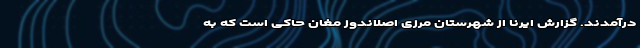
درآمدند. گزارش ایرنا از شهرستان مرزی اصلاندوز مغان حاکی است که به